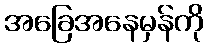
အခြေအနေမှန်ကို